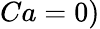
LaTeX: Ca=0)